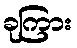
ခုကြား